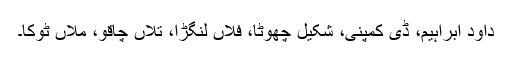
داود ابراہیم، ڈی کمپنی، شکیل چھوٹا، فلاں لنگڑا، تلاں چاقو، ملاں ٹوکا۔